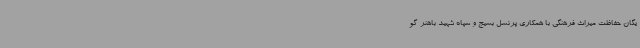
یگان حفاظت میراث فرهنگی با همکاری پرنسل بسیج و سپاه شهید باهنر گو